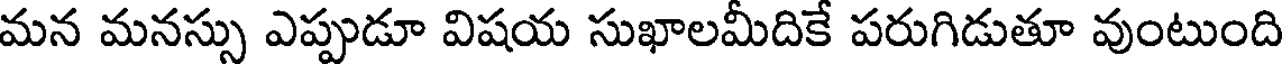
మన మనస్సు ఎప్పుడూ విషయ సుఖాలమీదికే పరుగిడుతూ వుంటుంది